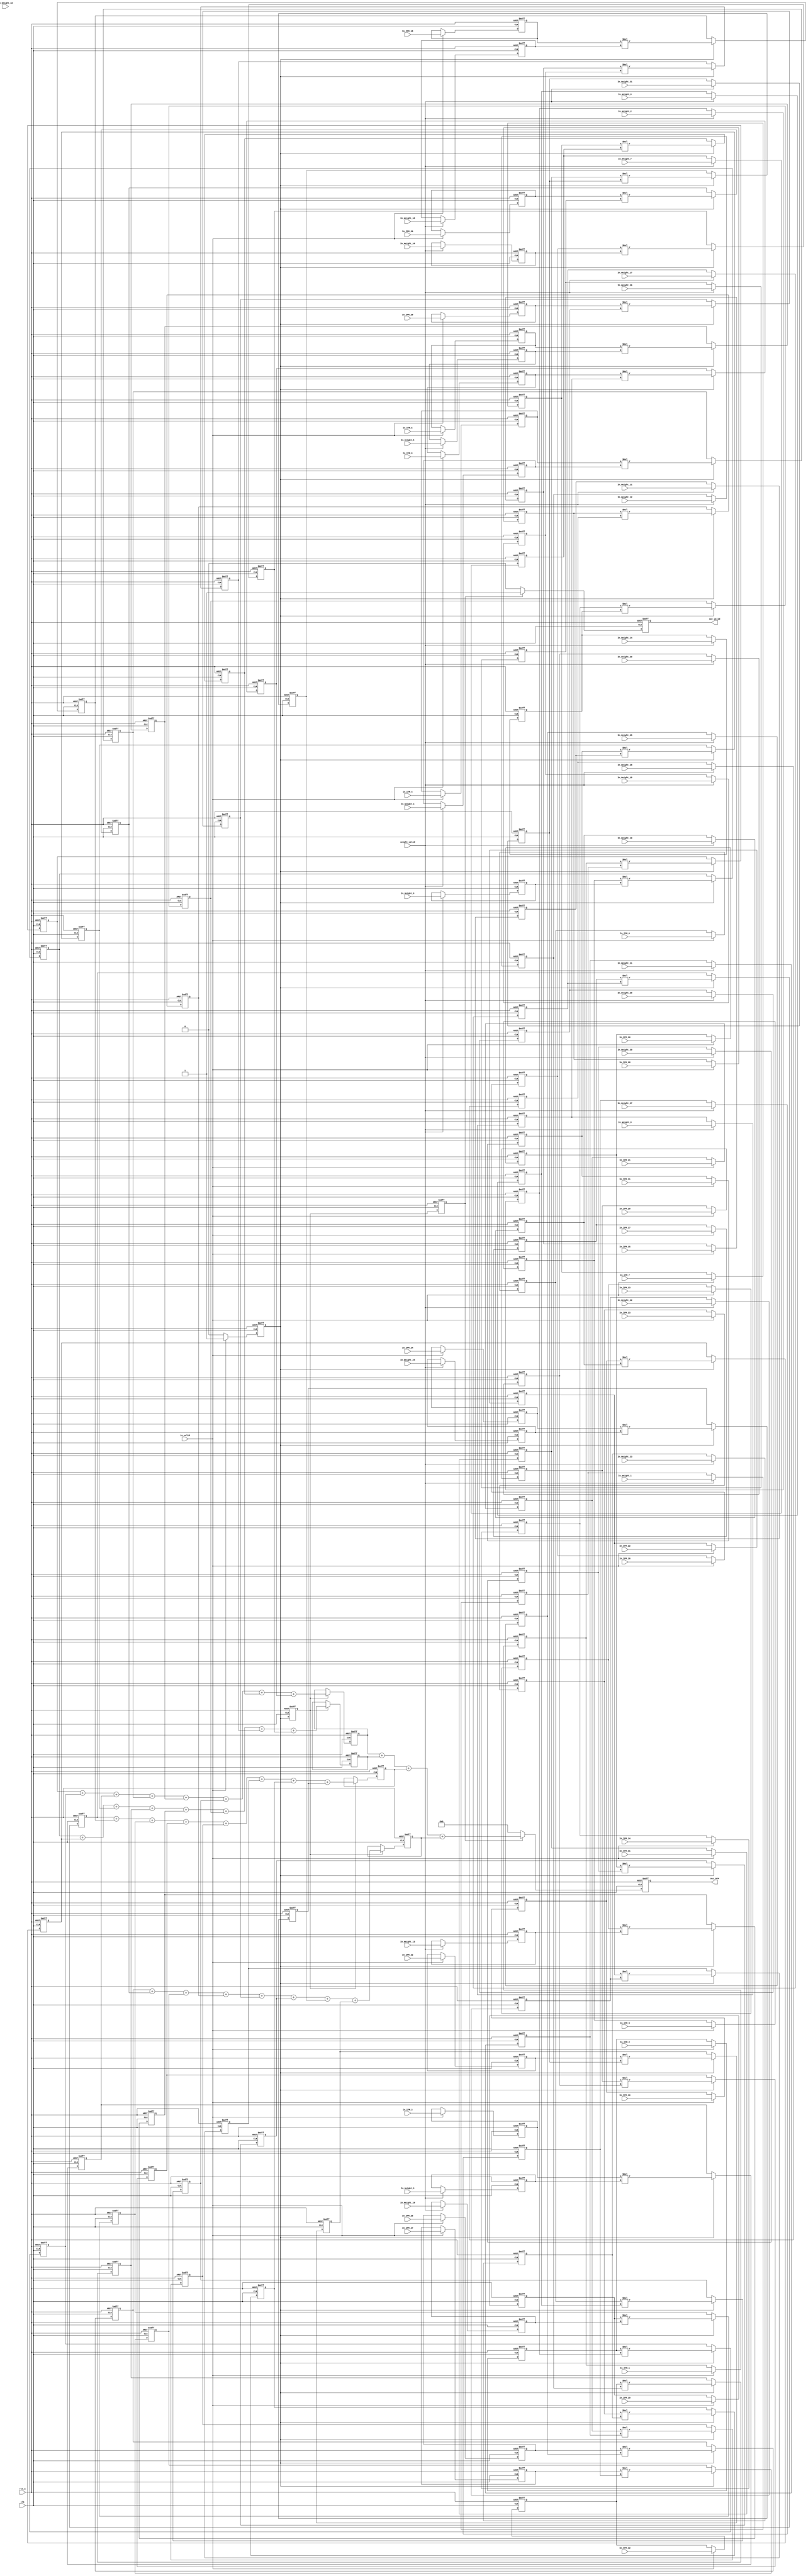

module Convolution(
    //input
    clk,
    rst_n,
    in_valid,
    weight_valid,
    In_IFM_1,
    In_IFM_2,
    In_IFM_3,
    In_IFM_4,
    In_IFM_5,
    In_IFM_6,
    In_IFM_7,
    In_IFM_8,
    In_IFM_9,
    In_IFM_10,
    In_IFM_11,
    In_IFM_12,
    In_IFM_13,
    In_IFM_14,
    In_IFM_15,
    In_IFM_16,
    In_IFM_17,
    In_IFM_18,
    In_IFM_19,
    In_IFM_20,
    In_IFM_21,
    In_IFM_22,
    In_IFM_23,
    In_IFM_24,
    In_IFM_25,
    In_IFM_26,
    In_IFM_27,
    In_IFM_28,
    In_IFM_29,
    In_IFM_30,
    In_IFM_31,
    In_IFM_32,

    In_Weight_1,
    In_Weight_2,
    In_Weight_3,
    In_Weight_4,
    In_Weight_5,
    In_Weight_6,
    In_Weight_7,
    In_Weight_8,
    In_Weight_9,
    In_Weight_10,
    In_Weight_11,
    In_Weight_12,
    In_Weight_13,
    In_Weight_14,
    In_Weight_15,
    In_Weight_16,
    In_Weight_17,
    In_Weight_18,
    In_Weight_19,
    In_Weight_20,
    In_Weight_21,
    In_Weight_22,
    In_Weight_23,
    In_Weight_24,
    In_Weight_25,
    In_Weight_26,
    In_Weight_27,
    In_Weight_28,
    In_Weight_29,
    In_Weight_30,
    In_Weight_31,
    In_Weight_32,

    //output
    out_valid, 
    Out_OFM
);

input clk, rst_n, in_valid, weight_valid;
input [3:0]In_IFM_1;
input [3:0]In_IFM_2;
input [3:0]In_IFM_3;
input [3:0]In_IFM_4;
input [3:0]In_IFM_5;
input [3:0]In_IFM_6;
input [3:0]In_IFM_7;
input [3:0]In_IFM_8;
input [3:0]In_IFM_9;
input [3:0]In_IFM_10;
input [3:0]In_IFM_11;
input [3:0]In_IFM_12;
input [3:0]In_IFM_13;
input [3:0]In_IFM_14;
input [3:0]In_IFM_15;
input [3:0]In_IFM_16;
input [3:0]In_IFM_17;
input [3:0]In_IFM_18;
input [3:0]In_IFM_19;
input [3:0]In_IFM_20;
input [3:0]In_IFM_21;
input [3:0]In_IFM_22;
input [3:0]In_IFM_23;
input [3:0]In_IFM_24;
input [3:0]In_IFM_25;
input [3:0]In_IFM_26;
input [3:0]In_IFM_27;
input [3:0]In_IFM_28;
input [3:0]In_IFM_29;
input [3:0]In_IFM_30;
input [3:0]In_IFM_31;
input [3:0]In_IFM_32;

input [3:0]In_Weight_1;
input [3:0]In_Weight_2;
input [3:0]In_Weight_3;
input [3:0]In_Weight_4;
input [3:0]In_Weight_5;
input [3:0]In_Weight_6;
input [3:0]In_Weight_7;
input [3:0]In_Weight_8;
input [3:0]In_Weight_9;
input [3:0]In_Weight_10;
input [3:0]In_Weight_11;
input [3:0]In_Weight_12;
input [3:0]In_Weight_13;
input [3:0]In_Weight_14;
input [3:0]In_Weight_15;
input [3:0]In_Weight_16;
input [3:0]In_Weight_17;
input [3:0]In_Weight_18;
input [3:0]In_Weight_19;
input [3:0]In_Weight_20;
input [3:0]In_Weight_21;
input [3:0]In_Weight_22;
input [3:0]In_Weight_23;
input [3:0]In_Weight_24;
input [3:0]In_Weight_25;
input [3:0]In_Weight_26;
input [3:0]In_Weight_27;
input [3:0]In_Weight_28;
input [3:0]In_Weight_29;
input [3:0]In_Weight_30;
input [3:0]In_Weight_31;
input [3:0]In_Weight_32;

reg [7:0]MUL_Buffer[0:1][0:3][0:3];
reg [12:0]Adder_Buffer[0:1][0:1];

output reg out_valid;
output reg [12:0] Out_OFM;

reg [3:0] IFM[0:1][0:3][0:3];
reg [3:0] Weight[0:1][0:3][0:3];

// reg [7:0] count_out;
reg current_state;
reg current_state_2;
reg current_state_3;
wire next_state;

integer i,j,k;

// state condition
assign next_state = (in_valid) ? 1:0;

always@(posedge clk or negedge rst_n) begin
	if(!rst_n)
		current_state <= 0;
	else
		current_state <= next_state;
end

always@(posedge clk or negedge rst_n) begin
	if(!rst_n)
		current_state_2 <= 0;
	else
		current_state_2 <= current_state;
end

always@(posedge clk or negedge rst_n) begin
	if(!rst_n)
		current_state_3 <= 0;
	else
		current_state_3 <= current_state_2;
end

always@(posedge clk or negedge rst_n) begin
    if(!rst_n) begin
    for(i=0;i<2;i=i+1) begin
      for(j=0;j<4;j=j+1) begin
        for(k=0; k<4; k=k+1) begin
          Weight[i][j][k] <=0;
        end
      end
    end
    end

    else if(weight_valid) begin
        Weight[0][0][0] <= In_Weight_1;
        Weight[0][0][1] <= In_Weight_2;
        Weight[0][0][2] <= In_Weight_3;
        Weight[0][0][3] <= In_Weight_4;
        Weight[0][1][0] <= In_Weight_5;
        Weight[0][1][1] <= In_Weight_6;
        Weight[0][1][2] <= In_Weight_7;
        Weight[0][1][3] <= In_Weight_8;
        Weight[0][2][0] <= In_Weight_9;
        Weight[0][2][1] <= In_Weight_10;
        Weight[0][2][2] <= In_Weight_11;
        Weight[0][2][3] <= In_Weight_12;
        Weight[0][3][0] <= In_Weight_13;
        Weight[0][3][1] <= In_Weight_14;
        Weight[0][3][2] <= In_Weight_15;
        Weight[0][3][3] <= In_Weight_16;
        Weight[1][0][0] <= In_Weight_17;
        Weight[1][0][1] <= In_Weight_18;
        Weight[1][0][2] <= In_Weight_19;
        Weight[1][0][3] <= In_Weight_20;
        Weight[1][1][0] <= In_Weight_21;
        Weight[1][1][1] <= In_Weight_22;
        Weight[1][1][2] <= In_Weight_23;
        Weight[1][1][3] <= In_Weight_24;
        Weight[1][2][0] <= In_Weight_25;
        Weight[1][2][1] <= In_Weight_26;
        Weight[1][2][2] <= In_Weight_27;
        Weight[1][2][3] <= In_Weight_28;
        Weight[1][3][0] <= In_Weight_29;
        Weight[1][3][1] <= In_Weight_30;
        Weight[1][3][2] <= In_Weight_31;
        Weight[1][3][3] <= In_Weight_32;
    end
end

always@(posedge clk or negedge rst_n) begin
    if(!rst_n) begin
    for(i=0;i<2;i=i+1) begin
      for(j=0;j<4;j=j+1) begin
        for(k=0; k<4; k=k+1) begin
          IFM[i][j][k] <=0;
        end
      end
    end
    end

    else if(in_valid) begin
        IFM[0][0][0] <= In_IFM_1;
        IFM[0][0][1] <= In_IFM_2;
        IFM[0][0][2] <= In_IFM_3;
        IFM[0][0][3] <= In_IFM_4;
        IFM[0][1][0] <= In_IFM_5;
        IFM[0][1][1] <= In_IFM_6;
        IFM[0][1][2] <= In_IFM_7;
        IFM[0][1][3] <= In_IFM_8;
        IFM[0][2][0] <= In_IFM_9;
        IFM[0][2][1] <= In_IFM_10;
        IFM[0][2][2] <= In_IFM_11;
        IFM[0][2][3] <= In_IFM_12;
        IFM[0][3][0] <= In_IFM_13;
        IFM[0][3][1] <= In_IFM_14;
        IFM[0][3][2] <= In_IFM_15;
        IFM[0][3][3] <= In_IFM_16;
        IFM[1][0][0] <= In_IFM_17;
        IFM[1][0][1] <= In_IFM_18;
        IFM[1][0][2] <= In_IFM_19;
        IFM[1][0][3] <= In_IFM_20;
        IFM[1][1][0] <= In_IFM_21;
        IFM[1][1][1] <= In_IFM_22;
        IFM[1][1][2] <= In_IFM_23;
        IFM[1][1][3] <= In_IFM_24;
        IFM[1][2][0] <= In_IFM_25;
        IFM[1][2][1] <= In_IFM_26;
        IFM[1][2][2] <= In_IFM_27;
        IFM[1][2][3] <= In_IFM_28;
        IFM[1][3][0] <= In_IFM_29;
        IFM[1][3][1] <= In_IFM_30;
        IFM[1][3][2] <= In_IFM_31;
        IFM[1][3][3] <= In_IFM_32;
    end
end

always@(posedge clk or negedge rst_n) begin
    if(!rst_n)
        out_valid <= 0;
    else if(current_state_3)
        out_valid <= 1;
    else
        out_valid <= 0;
end

always @(posedge clk or negedge rst_n) begin
  if (!rst_n) begin
    for(i=0;i<2;i=i+1) begin
      for(j=0;j<4;j=j+1) begin
        for(k=0; k<4; k=k+1) begin
          MUL_Buffer[i][j][k] <=0;
        end
      end
    end
  end
  else if(current_state) begin
        MUL_Buffer[0][0][0] <= IFM[0][0][0]*Weight[0][0][0];
        MUL_Buffer[0][0][1] <= IFM[0][0][1]*Weight[0][0][1];
        MUL_Buffer[0][0][2] <= IFM[0][0][2]*Weight[0][0][2];
        MUL_Buffer[0][0][3] <= IFM[0][0][3]*Weight[0][0][3];
        MUL_Buffer[0][1][0] <= IFM[0][1][0]*Weight[0][1][0];
        MUL_Buffer[0][1][1] <= IFM[0][1][1]*Weight[0][1][1];
        MUL_Buffer[0][1][2] <= IFM[0][1][2]*Weight[0][1][2];
        MUL_Buffer[0][1][3] <= IFM[0][1][3]*Weight[0][1][3];
        MUL_Buffer[0][2][0] <= IFM[0][2][0]*Weight[0][2][0];
        MUL_Buffer[0][2][1] <= IFM[0][2][1]*Weight[0][2][1];
        MUL_Buffer[0][2][2] <= IFM[0][2][2]*Weight[0][2][2];
        MUL_Buffer[0][2][3] <= IFM[0][2][3]*Weight[0][2][3];
        MUL_Buffer[0][3][0] <= IFM[0][3][0]*Weight[0][3][0];
        MUL_Buffer[0][3][1] <= IFM[0][3][1]*Weight[0][3][1];
        MUL_Buffer[0][3][2] <= IFM[0][3][2]*Weight[0][3][2];
        MUL_Buffer[0][3][3] <= IFM[0][3][3]*Weight[0][3][3];
        MUL_Buffer[1][0][0] <= IFM[1][0][0]*Weight[1][0][0];
        MUL_Buffer[1][0][1] <= IFM[1][0][1]*Weight[1][0][1];
        MUL_Buffer[1][0][2] <= IFM[1][0][2]*Weight[1][0][2];
        MUL_Buffer[1][0][3] <= IFM[1][0][3]*Weight[1][0][3];
        MUL_Buffer[1][1][0] <= IFM[1][1][0]*Weight[1][1][0];
        MUL_Buffer[1][1][1] <= IFM[1][1][1]*Weight[1][1][1];
        MUL_Buffer[1][1][2] <= IFM[1][1][2]*Weight[1][1][2];
        MUL_Buffer[1][1][3] <= IFM[1][1][3]*Weight[1][1][3];
        MUL_Buffer[1][2][0] <= IFM[1][2][0]*Weight[1][2][0];
        MUL_Buffer[1][2][1] <= IFM[1][2][1]*Weight[1][2][1];
        MUL_Buffer[1][2][2] <= IFM[1][2][2]*Weight[1][2][2];
        MUL_Buffer[1][2][3] <= IFM[1][2][3]*Weight[1][2][3];
        MUL_Buffer[1][3][0] <= IFM[1][3][0]*Weight[1][3][0];
        MUL_Buffer[1][3][1] <= IFM[1][3][1]*Weight[1][3][1];
        MUL_Buffer[1][3][2] <= IFM[1][3][2]*Weight[1][3][2];
        MUL_Buffer[1][3][3] <= IFM[1][3][3]*Weight[1][3][2];
        
  end
end

always @(posedge clk or negedge rst_n) begin
  if (!rst_n) begin
    for(i=0;i<2;i=i+1) begin
      for(j=0;j<2;j=j+1) begin
          Adder_Buffer[i][j] <=0;
      end
    end
  end
  else if(current_state_2) begin
      Adder_Buffer[0][0] <= MUL_Buffer[0][0][0] + MUL_Buffer[0][0][1] + MUL_Buffer[0][0][2] + MUL_Buffer[0][0][3] + MUL_Buffer[0][1][0] + MUL_Buffer[0][1][1] + MUL_Buffer[0][1][2] + MUL_Buffer[0][1][3];
      Adder_Buffer[0][1] <= MUL_Buffer[0][2][0] + MUL_Buffer[0][2][1] + MUL_Buffer[0][2][2] + MUL_Buffer[0][2][3] + MUL_Buffer[0][3][0] + MUL_Buffer[0][3][1] + MUL_Buffer[0][3][2] + MUL_Buffer[0][3][3];
      Adder_Buffer[1][0] <= MUL_Buffer[1][0][0] + MUL_Buffer[1][0][1] + MUL_Buffer[1][0][2] + MUL_Buffer[1][0][3] + MUL_Buffer[1][1][0] + MUL_Buffer[1][1][1] + MUL_Buffer[1][1][2] + MUL_Buffer[1][1][3];
      Adder_Buffer[1][1] <= MUL_Buffer[1][2][0] + MUL_Buffer[1][2][1] + MUL_Buffer[1][2][2] + MUL_Buffer[1][2][3] + MUL_Buffer[1][3][0] + MUL_Buffer[1][3][1] + MUL_Buffer[1][3][2] + MUL_Buffer[1][3][3];
  end
end

always@(posedge clk or negedge rst_n) begin
    if(!rst_n)
        Out_OFM <= 0;
    else if(current_state_3) begin
        $display("hi_3");
        Out_OFM <=  Adder_Buffer[0][0]
        + Adder_Buffer[0][1]
        + Adder_Buffer[1][0]
        + Adder_Buffer[1][1];
    end
    else
        Out_OFM <= 0;
end

endmodule